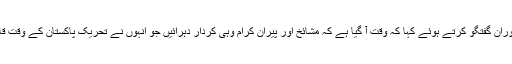
ڈاکٹر حسن محی الدین قادری نے ملاقات کے دوران گفتگو کرتے ہوئے کہا کہ وقت آ گیا ہے کہ مشائخ اور پیران کرام وہی کردار دہرائیں جو انہوں نے تحریک پاکستان کے وقت قائداعظم رحمۃ اللہ علیہ کی قیادت میں ادا کیا تھا۔